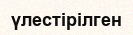
үлестірілген